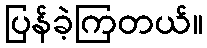
ပြန်ခဲ့ကြတယ်။